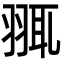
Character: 䎎